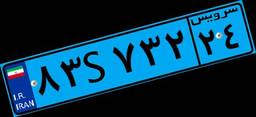
۸۰S۱۷۰۲۱